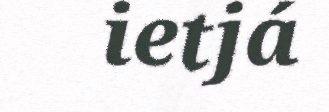
ietjá